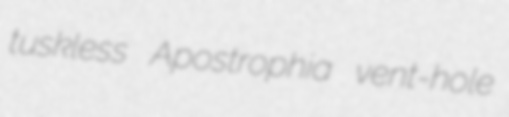
tuskless Apostrophia vent-hole